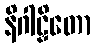
နိဂါဠှိတော